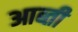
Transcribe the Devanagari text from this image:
आब्ती